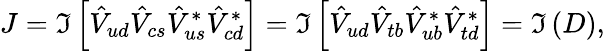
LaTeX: J=\Im\left[\hat{V}_{ud}\hat{V}_{cs}\hat{V}_{us}^{*}\hat{V}_{cd}^{*}\right]=\Im\left[\hat{V}_{ud}\hat{V}_{tb}\hat{V}_{ub}^{*}\hat{V}_{td}^{*}\right]=\Im\left(D\right),